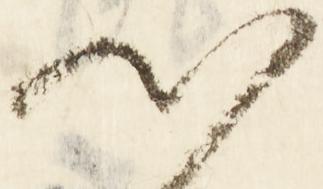
以